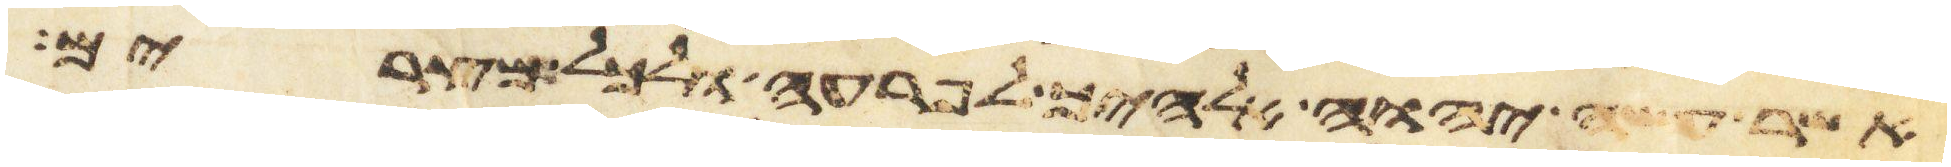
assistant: אשר עשה יהוה אלהיך לפרעה ולכל מצרים